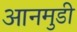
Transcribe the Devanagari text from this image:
आनमुडी